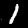
Digit: 1